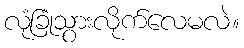
လုံခြုံသွားလိုက်လေမလဲ။